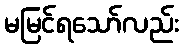
မမြင်ရသော်လည်း